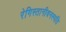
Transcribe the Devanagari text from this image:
रेगिस्तानीवनस्‍पति